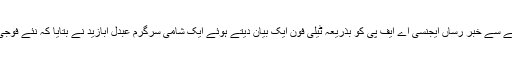
اُردن کی سرحد سے نزدیک ایک علاقے سے خبر رساں ایجنسی اے ایف پی کو بذریعہ ٹیلی فون ایک بیان دیتے ہوئے ایک شامی سرگرم عبدل ابازید نے بتایا کہ نئے فوجی دستے درعا کی طرف بڑھ رہے ہیں۔